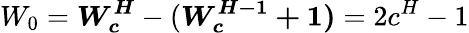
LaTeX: W_{0}=\boldsymbol{W_{c}^{H}}-(\boldsymbol{W_{c}^{H-1}+1)}=2c^{H}-1